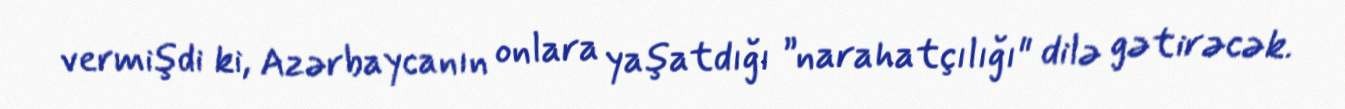
vermişdi ki, Azərbaycanın onlara yaşatdığı ”narahatçılığı" dilə gətirəcək.